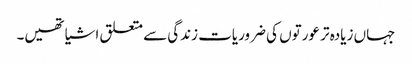
جہاں زیادہ تر عورتوں کی ضروریات زندگی سے متعلق اشیا تھیں۔